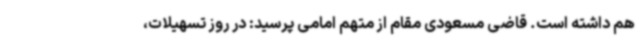
هم داشته است. قاضی مسعودی مقام از متهم امامی پرسید: در روز تسهیلات،